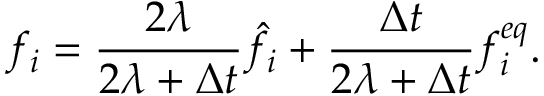
f _ { i } = \frac { 2 \lambda } { 2 \lambda + \Delta t } \hat { f } _ { i } + \frac { \Delta t } { 2 \lambda + \Delta t } f _ { i } ^ { e q } .